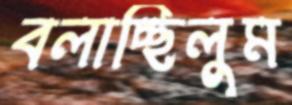
বলাচ্ছিলুম